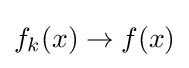
f_{k}(x)\to f(x)